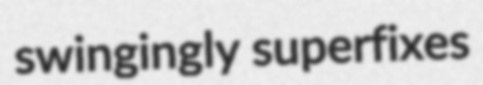
swingingly superfixes